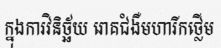
ក្នុងការវិនិច្ឆ័យ រោគជំងឺមហារីកថ្លើម